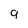
Character: 9